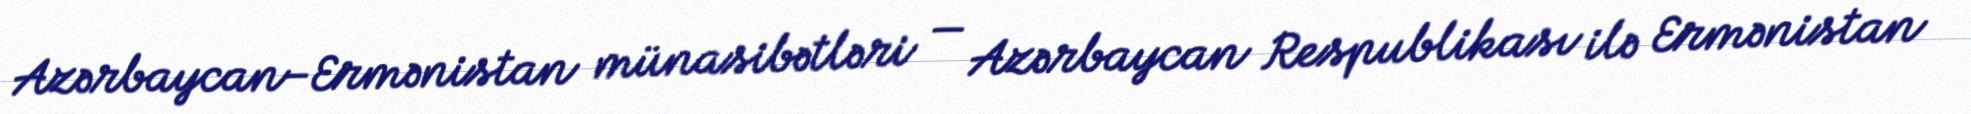
Azərbaycan–Ermənistan münasibətləri — Azərbaycan Respublikası ilə Ermənistan